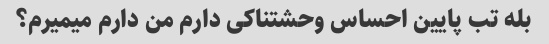
بله تب پایین احساس وحشتناکی دارم من دارم میمیرم؟